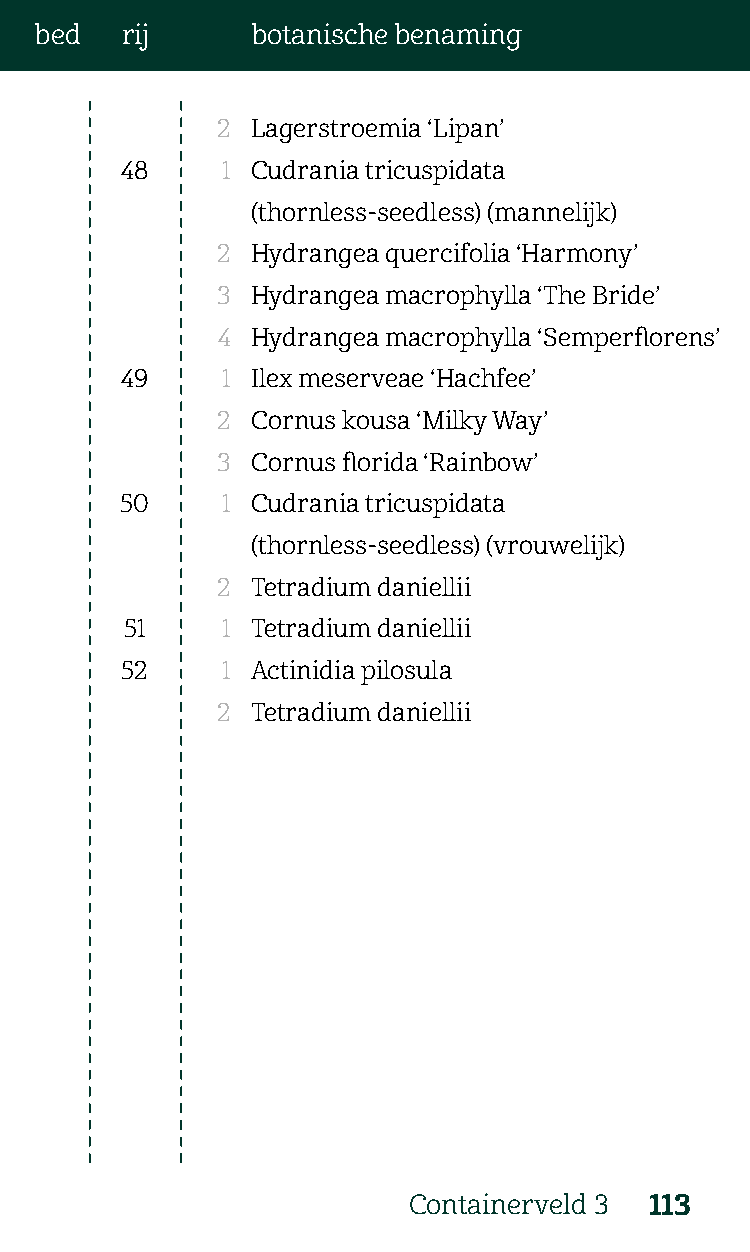
bed   rij      botanische benaming
 2  Lagerstroemia ‘Lipan’
 48     1 Cudrania tricuspidata
 (thornless-seedless) (mannelijk)
 2  Hydrangea quercifolia ‘Harmony’
 3  Hydrangea macrophylla ‘The Bride’
 4  Hydrangea macrophylla ‘Semperflorens’
 49     1 Ilex meserveae ‘Hachfee’
 2  Cornus kousa ‘Milky Way’
 3  Cornus florida ‘Rainbow’
 50     1 Cudrania tricuspidata
 (thornless-seedless) (vrouwelijk)
 2  Tetradium daniellii
 51     1 Tetradium daniellii
 52     1 Actinidia pilosula
 2  Tetradium daniellii
 Containerveld 3 113